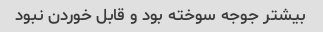
بیشتر جوجه سوخته بود و قابل خوردن نبود